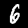
Label: 6